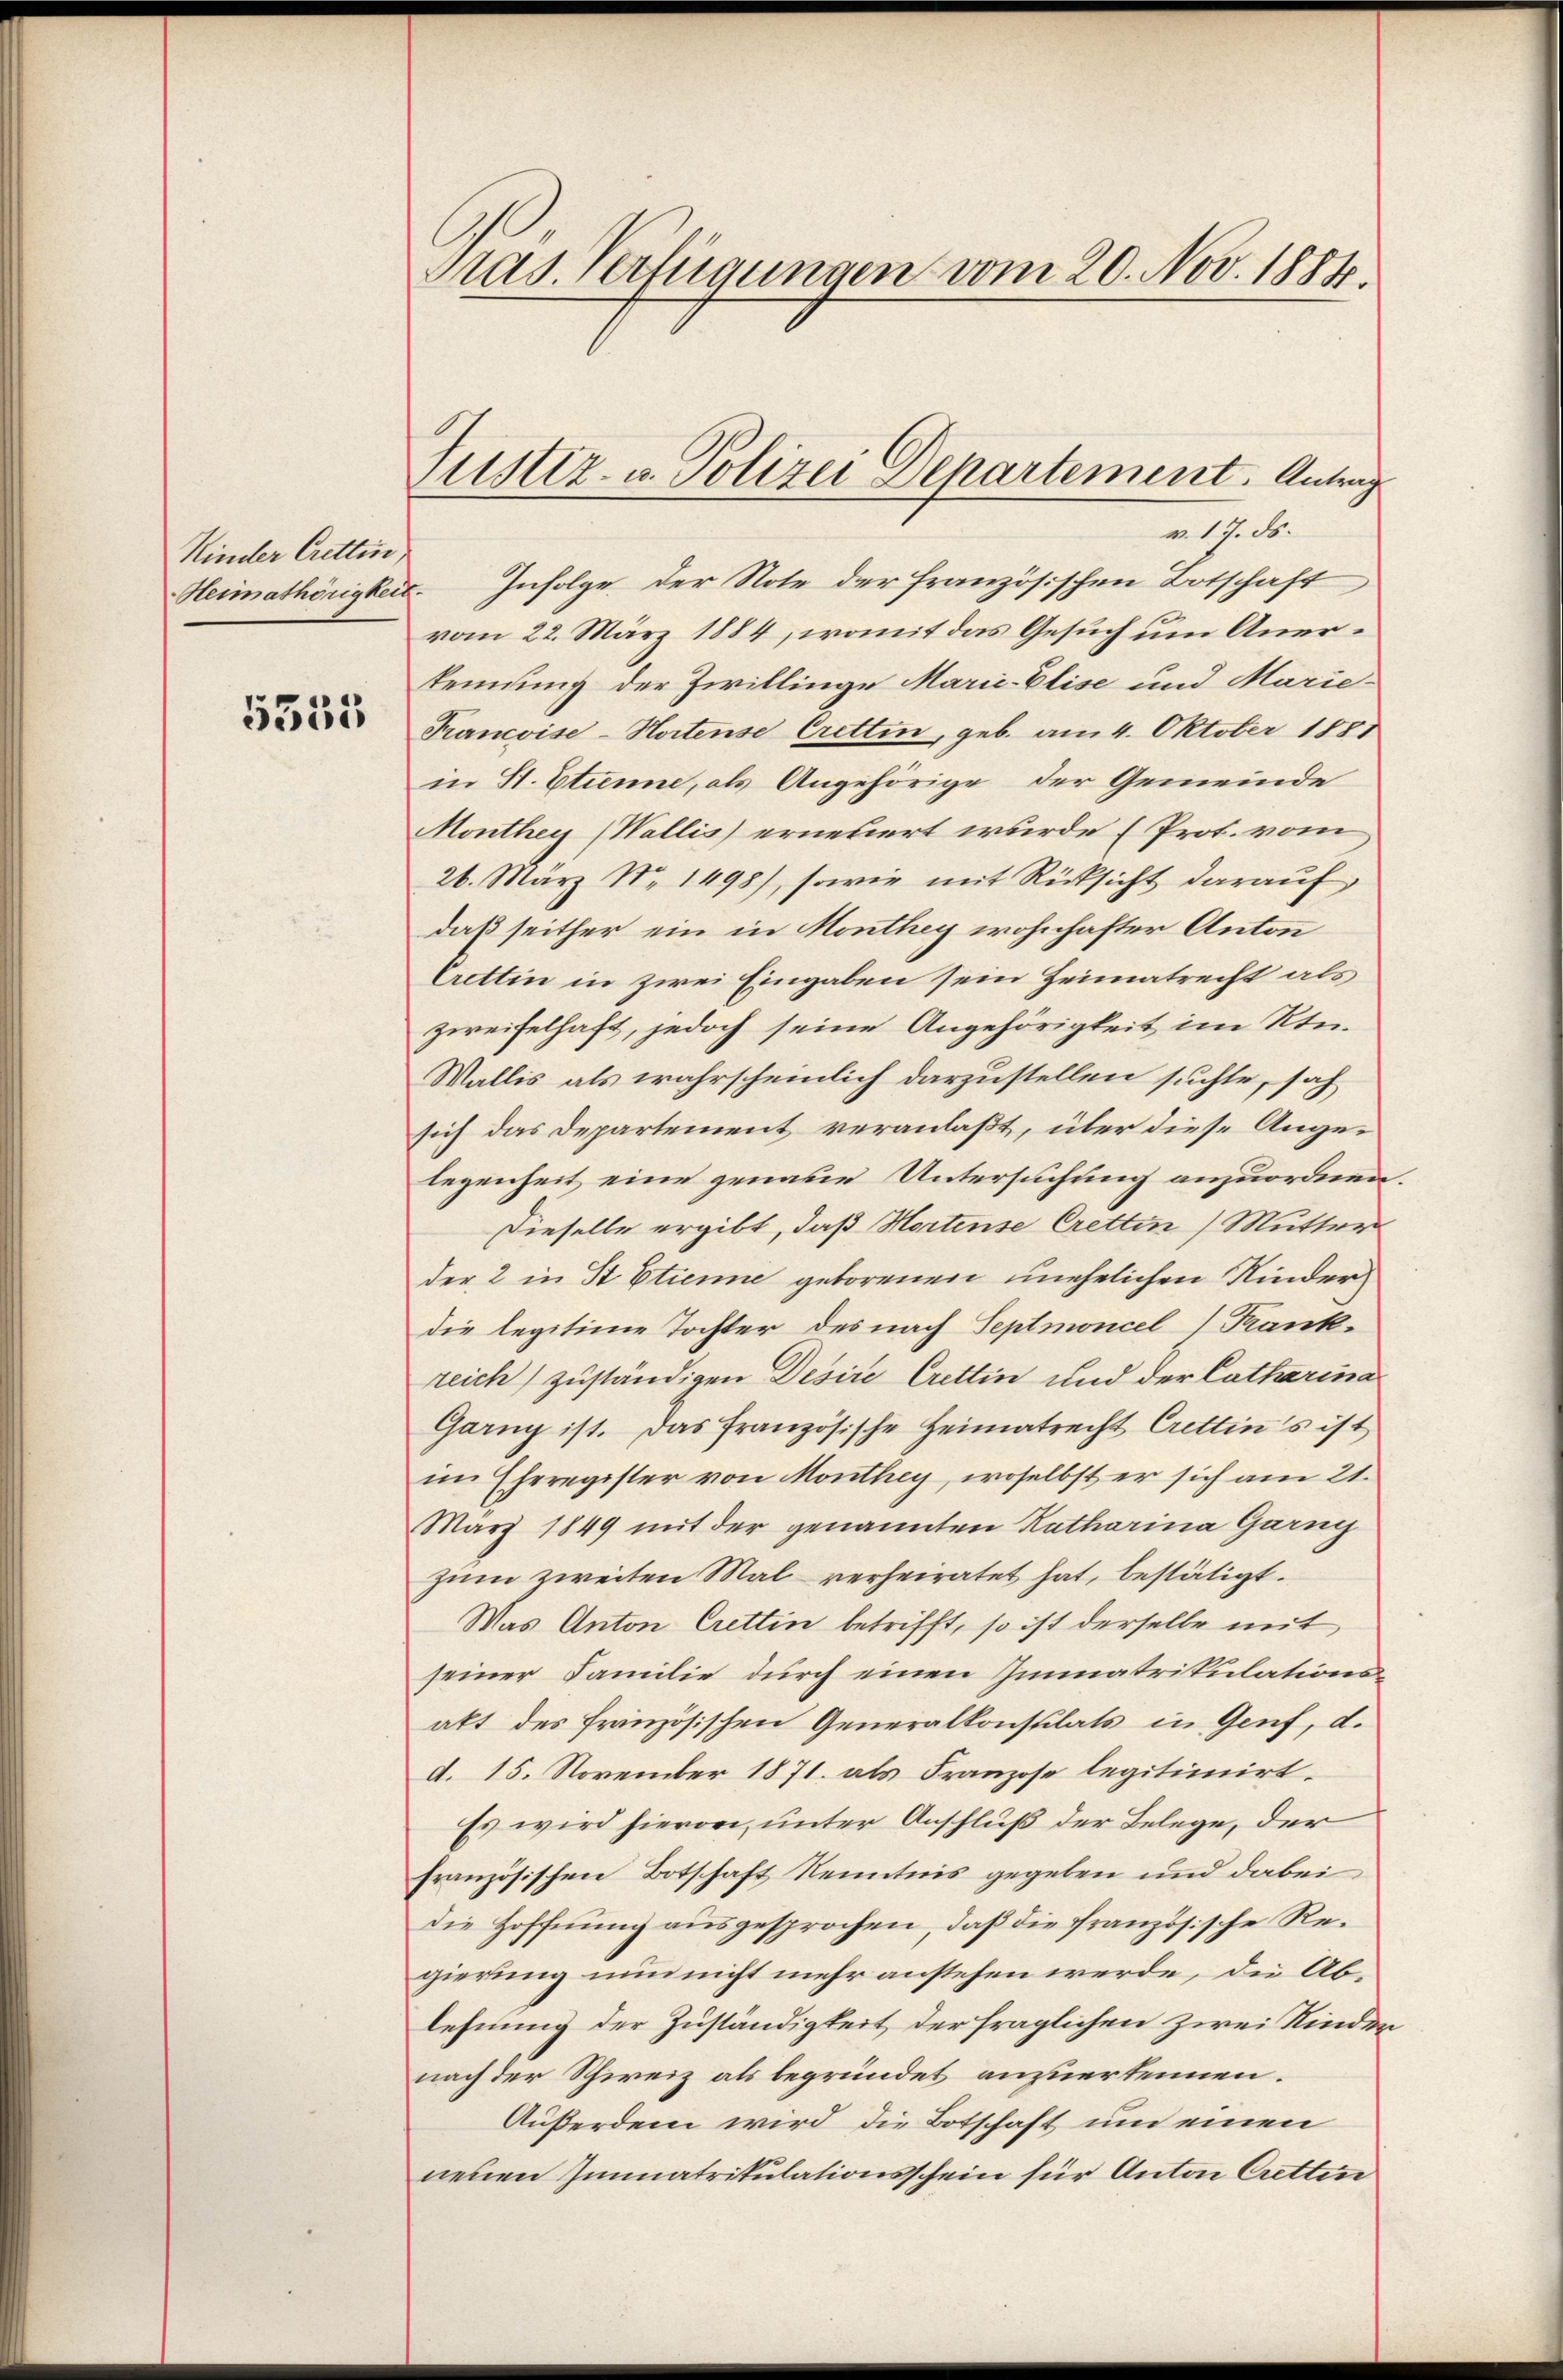
Kinder Crettin,

5555

v. 17. ds.
Heimathörigkeit. Infolge der Note der französischen Botschaft
vom 22. März 1884, womit das Gesuch um Anerkennung der Zwillinge Marie-Elise und Marie-
Francoise-Hortense Crettin, geb. am 4. Oktober 1881
in St. Etienne, als Angehörige der Gemeinde
Monthey (Wallis) erneuert wurde (Prot. vom
26. März Nr 1498), sowie mit Rücksicht darauf
daß seither ein in Monthey wohnhafter Anton
Crettin in zwei Eingaben sein Heimatrecht als
zweifelhaft, jedoch seine Angehörigkeit im Kin¬
Wallis als wahrscheinlich darzustellen suchte, sah
sich das Departement veranlaßt, über diese Angelegenheit eine genaue Untersuchung anzuordnen.
Dieselbe ergibt, daß Hortense Crettin Mutter
der 2 in St. Etienne geborenen unehelichen Kinder
die legitime Tochter des nach Septmoncel) Frankreich) zuständigen Desire Crettin und der Catharina
Garny ist. Das französische Heimatrecht Crettin's ist
im Eheregister von Monthey, woselbst er sich am 21.
März 1849 mit der genannten Katharina Garng
zum zweiten Mal verheiratet hat, bestätigt.
Was Anton Crettin betrifft, so ist derselbe mit
seiner Familie durch einen Immatrikulationsakt des Prinzösischen Generalkonsulats in Genf, d.
d. 15. November 1871 als Franzose legitimirt.
Es wird hievon, unter Anschluß der Belege, der
französischen Botschaft Kenntnis gegeben und dabei
die Hoffnung ausgesprochen, daß die französische Regierung nun nicht mehr anstehen werde, die Ablehnung der Zuständigkeit der fraglichen zwei Kinder
nach der Schweiz als begründet anzuerkennen.
Außerdem wird die Botschaft um einen
neuen Immatrikulationsschein für Anton Crettin

Pras. Verfügungen vom 20. Nov. 1884.

Justiz- u. Polizei Departement. Antrag